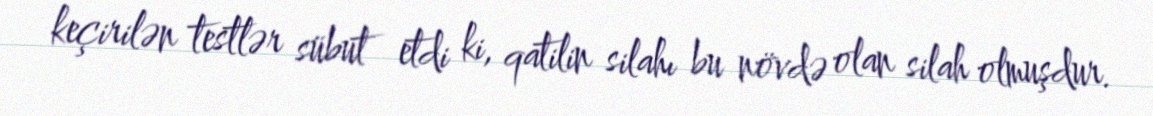
keçirilən testlər sübut etdi ki, qatilin silahı bu növdə olan silah olmuşdur.